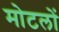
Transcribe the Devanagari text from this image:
मोटलों